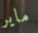
ماير